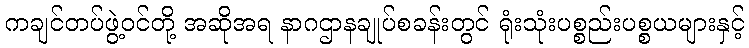
ကချင်တပ်ဖွဲ့ဝင်တို့ အဆိုအရ နာဂဌာနချုပ်စခန်းတွင် ရုံးသုံးပစ္စည်းပစ္စယများနှင့်